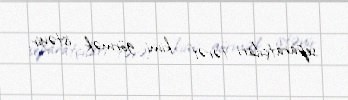
separatçıları tərəf kimi görmək istəyir.